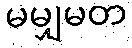
မမျှမတ